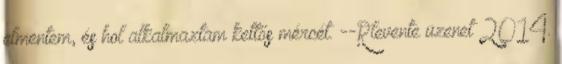
elmentem, és hol alkalmaztam kettős mércét. --Rlevente üzenet 2014.